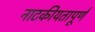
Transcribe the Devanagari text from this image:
नाटकीयतापूर्ण